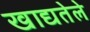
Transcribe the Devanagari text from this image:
खाद्यतेले